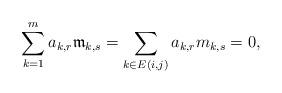
LaTeX: \begin{align*}\sum_{k=1}^m a_{k,r} \mathfrak{m}_{k,s} = \sum_{k \in E(i,j)} a_{k,r} m_{k,s}=0,\end{align*}